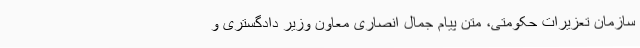
سازمان تعزیرات حکومتی، متن پیام جمال انصاری معاون وزیر دادگستری و